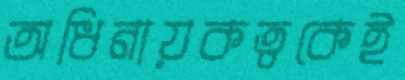
অধিনায়কত্বকেই